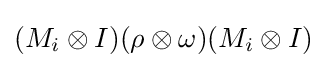
(M_{i}\otimes I)(\rho \otimes \omega )(M_{i}\otimes I)